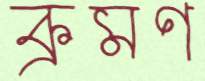
ক্রমণ